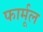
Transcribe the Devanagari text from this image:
फार्मूल